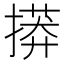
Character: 𢳠